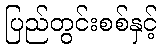
ပြည်တွင်းစစ်နှင့်